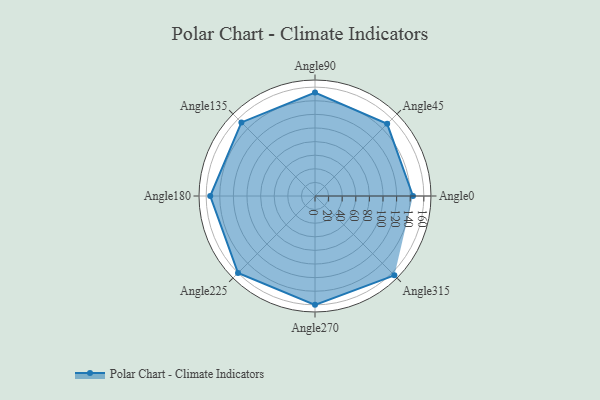
{"axis": {"x": "Angle", "y": "Radius"}, "legend": [""], "data": [{"x": "Angle0", "y": 144.0, "type": ""}, {"x": "Angle45", "y": 150.0, "type": ""}, {"x": "Angle90", "y": 152.0, "type": ""}, {"x": "Angle135", "y": 153.0, "type": ""}, {"x": "Angle180", "y": 154.0, "type": ""}, {"x": "Angle225", "y": 160.0, "type": ""}, {"x": "Angle270", "y": 160.0, "type": ""}, {"x": "Angle315", "y": 165.0, "type": ""}]}